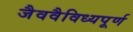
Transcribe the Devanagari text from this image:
जैववैविध्यपूर्ण